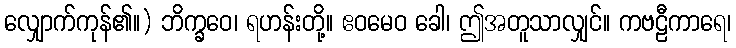
လျှောက်ကုန်၏။) ဘိက္ခဝေ၊ ရဟန်းတို့။ ဧဝမေဝ ခေါ၊ ဤအတူသာလျှင်။ ကဗဠီကာရေ၊